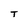
Character: T